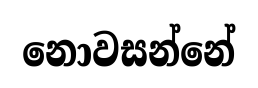
නොවසන්නේ